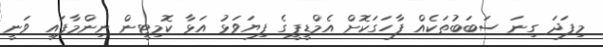
މިފަދަ ގިނަ ސަބަބުތަކެއް ފާހަގަކޮށް އެމްޑީޕީގެ ފިޔަވަޅު އަޅާ ކޮމިޓީން ނިންމާފައި ވަނީ